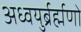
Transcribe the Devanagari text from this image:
अध्वयुर्ब्रर्ह्मणो